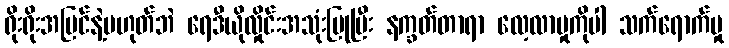
ရိုးရိုးအမြင်နဲ့မဟုတ်ဘဲ ရေဒီယိုလှိုင်းအသုံးပြုပြီး နက္ခတ်တာရာ လေ့လာမှုကိုပါ သက်ရောက်မှု